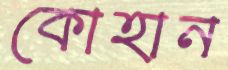
কোহান